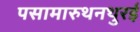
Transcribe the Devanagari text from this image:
पसामारुथनथुरई